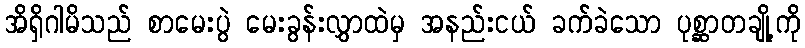
အိရှိဂါမိသည် စာမေးပွဲ မေးခွန်းလွှာထဲမှ အနည်းငယ် ခက်ခဲသော ပုစ္ဆာတချို့ကို